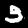
Label: 3